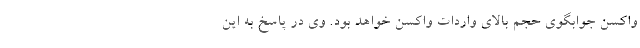
واکسن جوابگوی حجم بالای واردات واکسن خواهد بود. وی در پاسخ به این